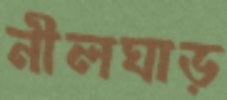
নীলঘাড়